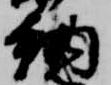
納